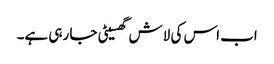
اب اس کی لاش گھسیٹی جا رہی ہے۔